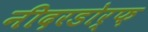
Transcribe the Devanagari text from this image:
नीदरडोर्फ़